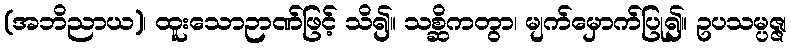
(အဘိညာယ)၊ ထူးသောဉာဏ်ဖြင့် သိ၍။ သစ္ဆိကတွာ၊ မျက်မှောက်ပြု၍။ ဥပသမ္ပဇ္ဇ၊